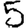
Digit: 5